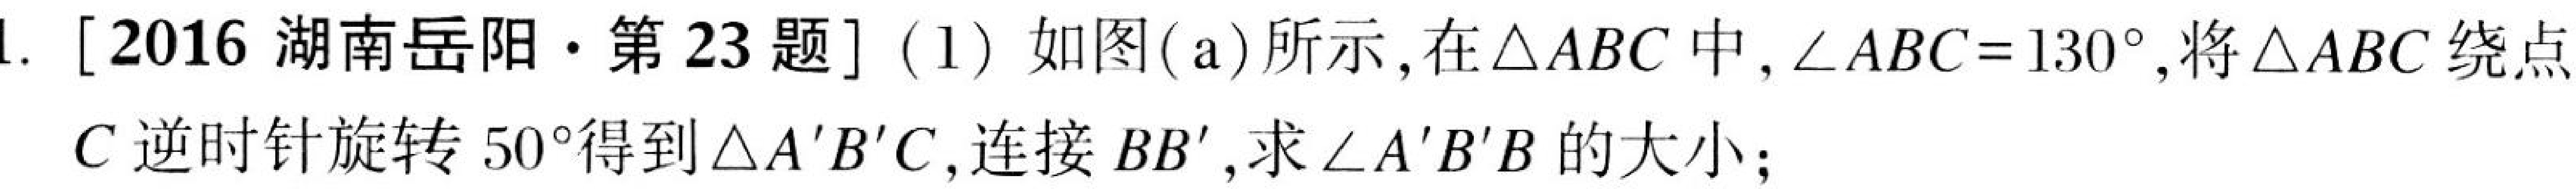
1. [2016 湖南岳阳·第23题] (1) 如图(a)所示,在\(\triangle ABC\)中, \(\angle ABC = 130^{\circ}\),将\(\triangle ABC\)绕点
\(C\)逆时针旋转\(50^{\circ}\)得到\(\triangle A'B'C\),连接\(BB'\),求\(\angle A'B'B\)的大小;